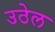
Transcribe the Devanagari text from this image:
उठेल